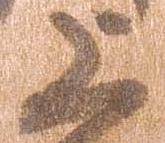
上